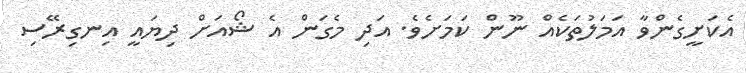
އެކަށީގެންވާ އަމަލުތަކެއް ނޫން ކަމަށެވެ. އަދި މެގަން އެ ޝޯއަށް ދިޔައީ އިނގިރޭސި